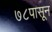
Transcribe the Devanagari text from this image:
७८पासून